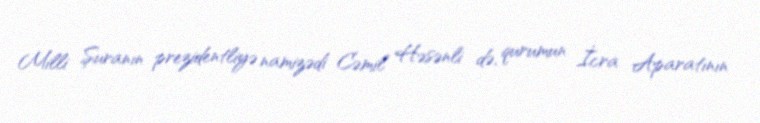
Milli Şuranın prezidentliyə namizədi Cəmil Həsənli də, qurumun İcra Aparatının